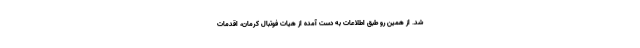
شد. از همین رو طبق اطلاعات به دست آمده از هیات فوتبال کرمان، اقدمات